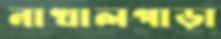
নাখালপাড়া